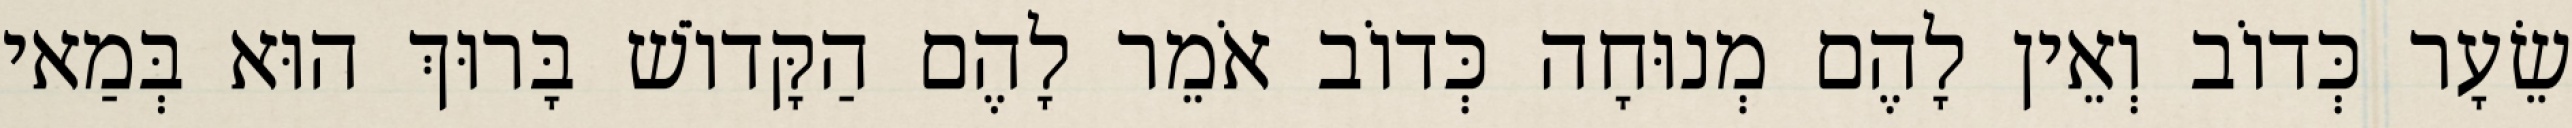
שֵׂעָר כְּדוֹב וְאֵין לָהֶם מְנוּחָה כְּדוֹב אֹמֵר לָהֶם הַקָּדוֹשׁ בָּרוּךְ הוּא בְּמַאי